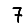
Digit: 7